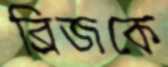
ব্রিজকে